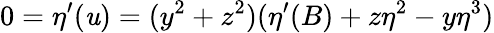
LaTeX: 0=\eta^{\prime}(\mathit{u})=(y^{2}+z^{2})(\eta^{\prime}(B)+z\eta^{2}-y\eta^{3})